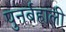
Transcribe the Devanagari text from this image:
पुनर्बहाली